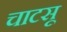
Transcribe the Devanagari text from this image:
चाटसू